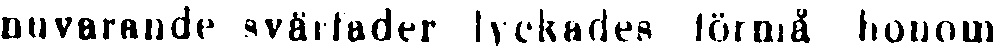
nuvarande svärfader lyckades förmå honom